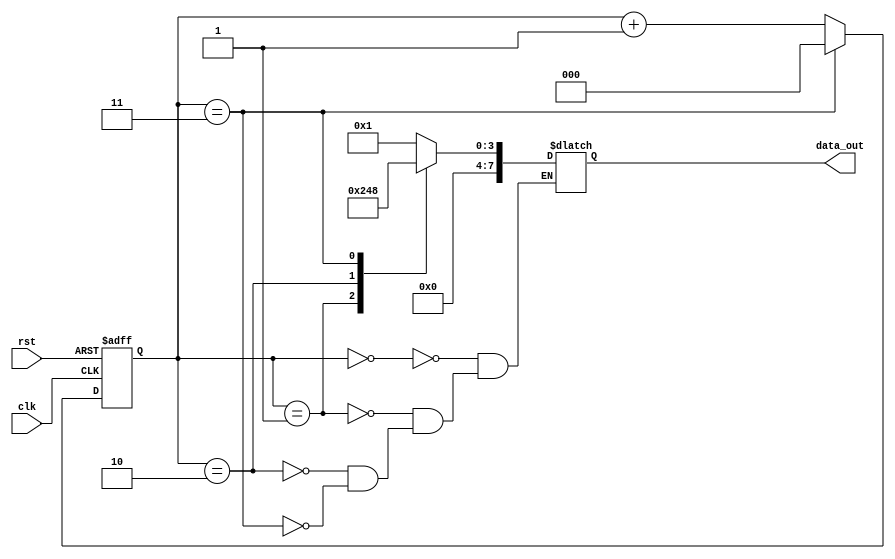
module loop_with_multiple_iterators (
    input wire clk,
    input wire rst,
    output reg [7:0] data_out
);

reg [2:0] iterator_1;
reg [3:0] iterator_2;

always @(posedge clk or posedge rst) begin
    if (rst) begin
        iterator_1 <= 0;
        iterator_2 <= 0;
    end else begin
        if (iterator_1 == 3) begin
            iterator_1 <= 0;
            if (iterator_2 == 7) begin
                iterator_2 <= 0;
            end else begin
                iterator_2 <= iterator_2 + 1;
            end
        end else begin
            iterator_1 <= iterator_1 + 1;
        end
    end
end

always @* begin
    case (iterator_1)
        0: data_out = 8'b00000001;
        1: data_out = 8'b00000010;
        2: data_out = 8'b00000100;
        3: data_out = 8'b00001000;
    endcase
end

endmodule